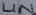
Text: LIN